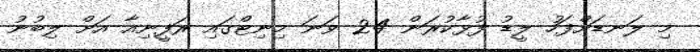
މި ލަނޑަށްފަހު ލީޑު ފުޅާކުރަން 24 ވަނަ މިނިޓްގައި ރަފީނިއާ އަށް ލިބުނު